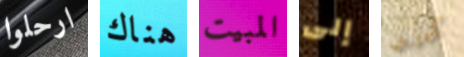
ارحلوا هناك المبيت إلى كيرين